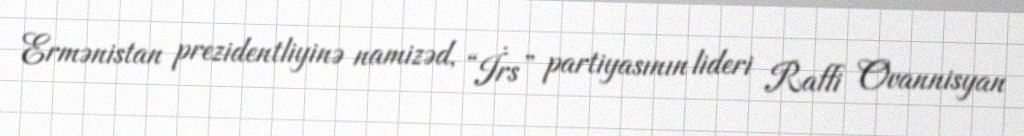
Ermənistan prezidentliyinə namizəd, “İrs” partiyasının lideri Raffi Ovannisyan